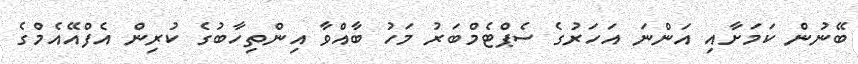
ބޭނުން ކަމަށާއި އަންނަ އަހަރުގެ ސެޕްޓެމްބަރު މަހު ބާއްވާ އިންތިހާބުގެ ކުރިން އެފްއޭއެމްގެ